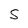
Character: S